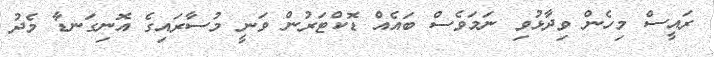
ރައީސް މިހެން ވިދާޅުވި ނަމަވެސް ބައެއް ޑޮކްޓަރުން ވަނީ މުސާރައިގެ އޮނިގަނޑާ މެދު